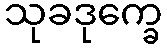
သုခဒုက္ခေ